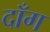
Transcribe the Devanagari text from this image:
दॉंग